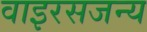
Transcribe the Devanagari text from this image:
वाइरसजन्य